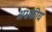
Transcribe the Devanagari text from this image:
अभ्रकीय